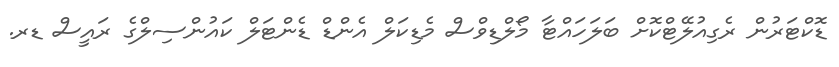
ޑޮކްޓަރުން ރެގިއުލޭޓްކޮށް ބަލަހައްޓާ މޯލްޑިވްސް މެޑިކަލް އެންޑް ޑެންޓަލް ކައުންސިލްގެ ރައީސް ޑރ.